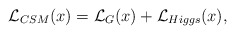
\begin{align*}{\cal L}_{CSM} (x) ={\cal L}_{G} (x) +{\cal L}_{Higgs} (x) ,\end{align*}